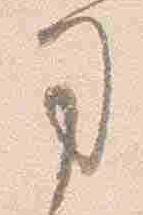
司